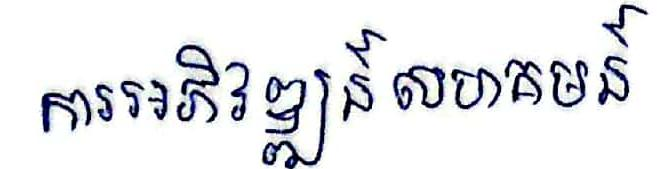
ការអភិវឌ្ឍន៍សហគមន៍